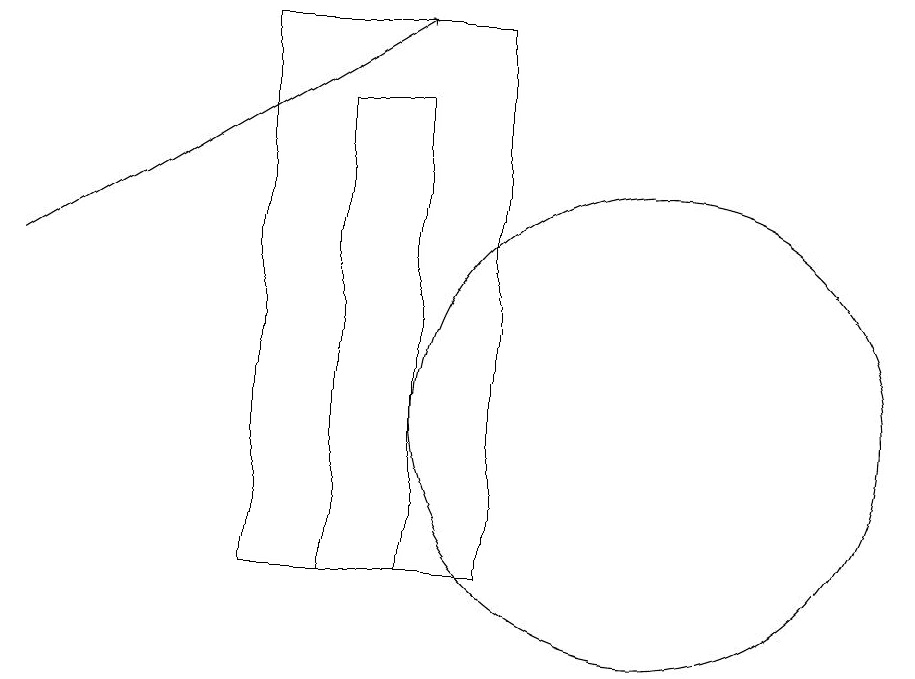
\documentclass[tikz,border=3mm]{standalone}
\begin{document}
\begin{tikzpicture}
\draw[->] (2,14) -- (7,17);
\draw (10,12) circle (3);
\draw (8,10) rectangle (5,17);
\draw (7,16) rectangle (6,10);
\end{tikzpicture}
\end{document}